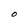
Character: O